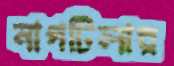
নাগটিলার